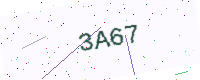
Text: 3A67